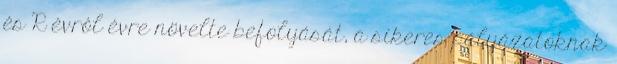
és R évrôl évre növelte befolyását, a sikeres pályázatoknak